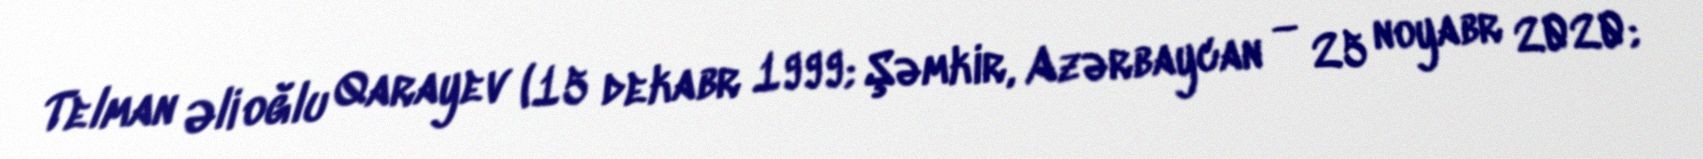
Telman Əli oğlu Qarayev (15 dekabr 1999; Şəmkir, Azərbaycan — 25 noyabr 2020;